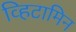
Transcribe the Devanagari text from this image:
व्हिटामिन